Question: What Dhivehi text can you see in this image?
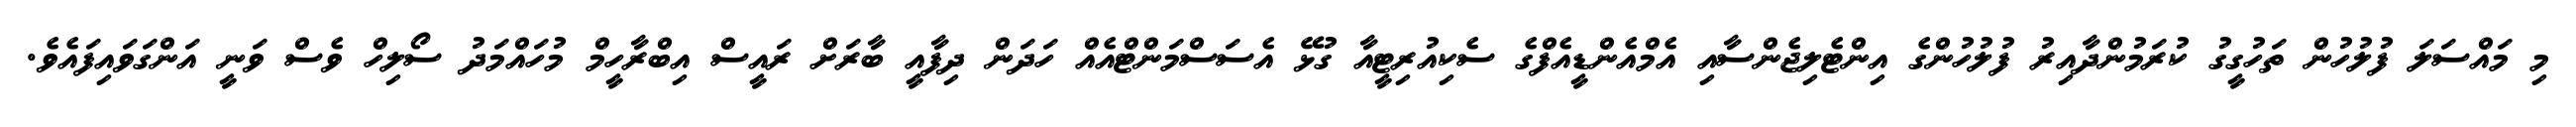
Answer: މި މައްސަލަ ފުލުހުން ތަހުގީގު ކުރަމުންދާއިރު ފުލުހުންގެ އިންޓެލިޖެންސާއި އެމްއެންޑީއެފްގެ ސެކިއުރިޓީއާ ގުޅޭ އެސަސްމަންޓްއެއް ހަދަން ދިފާއީ ބާރަށް ރައީސް އިބްރާހީމް މުހައްމަދު ސޯލިހް ވެސް ވަނީ އަންގަވައިފައެވެ.